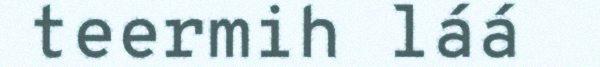
teermih láá